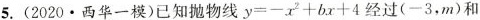
5.(2020.西华一模)已知抛物线$$y=-x^{2}+bx+4$$经过(-3，m)和